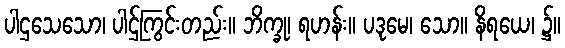
ပါဌသေသော၊ ပါဌ်ကြွင်းတည်း။ ဘိက္ခု၊ ရဟန်း။ ပဒုမေ၊ သော။ နိရယေ၊ ၌။